Annual report of the Prince of Wales Medical College, Patna
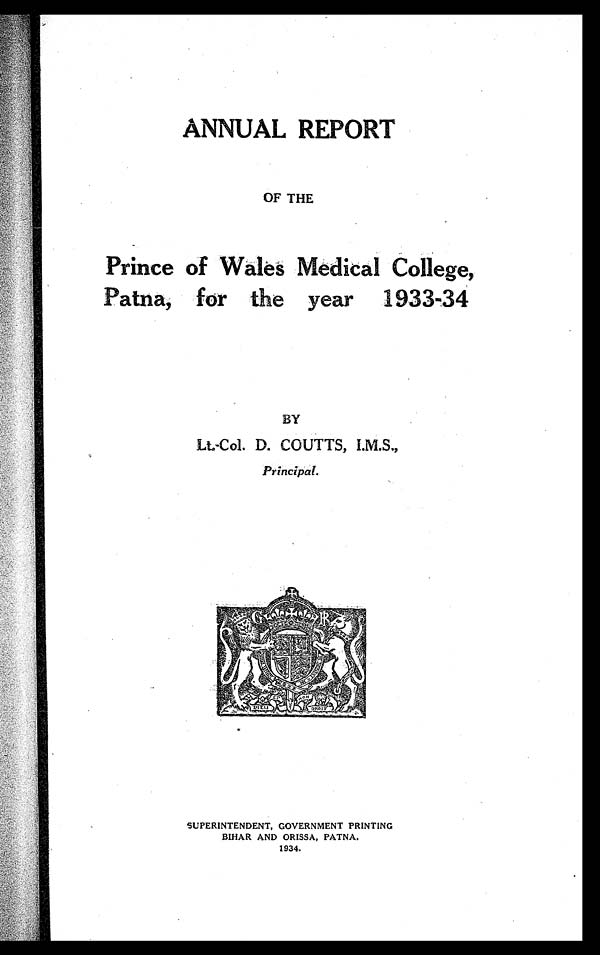
ANNUAL REPORT
OF THE
Prince of Wales Medical College,
Patna, for the year 1933-34
BY
Lt-Col. D. COUTTS, I.M.S.,
Principal.
SUPERINTENDENT, GOVERNMENT PRINTING
BIHAR AND ORISSA, PATNA.
193a.